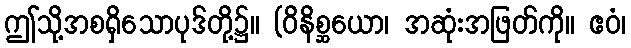
ဤသို့အစရှိသောပုဒ်တို့၌။ (ဝိနိစ္ဆယော၊ အဆုံးအဖြတ်ကို။ ဧဝံ၊